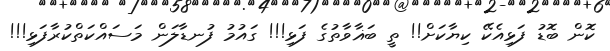
ކޮން ބޮޑު ފަޅިއެކޭ ކިޔާކަށް!! ތީ ބަޣާވާތުގެ ފަޅި!!! ގައުމު ފުނޑާލަން މަސައްކަތްކުރާފަޅި!!!